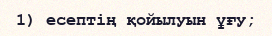
1) есептің қойылуын ұғу;